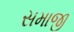
સમાજી